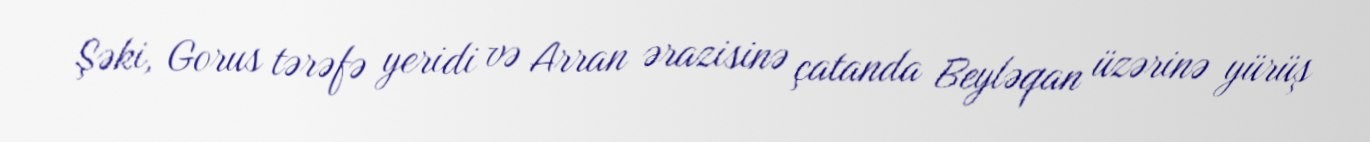
Şəki, Gorus tərəfə yeridi və Arran ərazisinə çatanda Beyləqan üzərinə yürüş